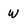
Character: W